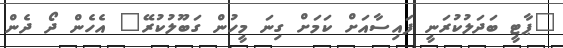
"ޕާޓީ ބަދަލުކުރަނީ ފައިސާއަށް ކަމަށް ގިނަ މީހުން ގަބޫލުކުރޭ" އެހެން ދޯ ދެން